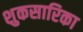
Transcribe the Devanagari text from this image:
शुकसारिका